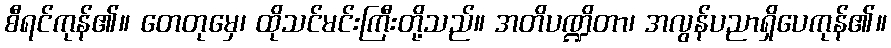
စီရင်ကုန်၏။ တေတုမှေ၊ ထိုသင်မင်းကြီးတို့သည်။ အတိပဏ္ဍိတာ၊ အလွန်ပညာရှိပေကုန်၏။